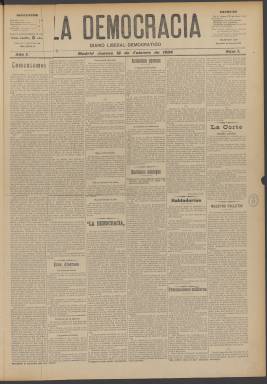
Título: La Democracia (Madrid. 1904)
Colección: Periódicos
Ámbito geográfico: Madrid
Lugar de publicación: Madrid
Fechas: 18/02/1904-23/05/1904